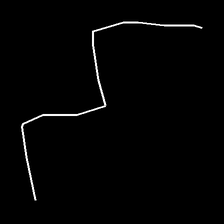
Glyph: crush